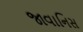
જાવાનિસ